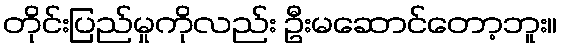
တိုင်းပြည်မှုကိုလည်း ဦးမဆောင်တော့ဘူး။